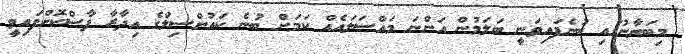
މިބަޔާނުގައި ބުނެފައިވަނީ ބަލަމުން އަންނަ މައްސަލައެއް ކަމަށް ބުނެ ކައުންސިލްގެ އިދާރާ ފާސްކޮށްފައިވީ